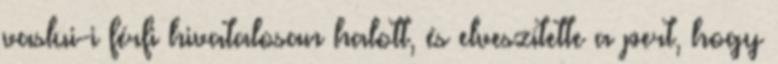
vaslui-i férfi hivatalosan halott, és elveszítette a pert, hogy